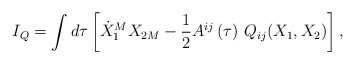
\begin{align*}I_{Q}=\int d\tau \left[ \dot{X}_{1}^{M}X_{2M}-{\frac{1}{2}}A^{ij}\left( \tau\right) \,Q_{ij}(X_{1},X_{2})\right] , \end{align*}